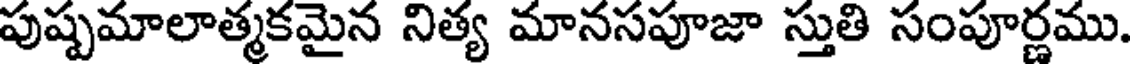
పుష్పమాలాత్మకమైన నిత్య మానసపూజా స్తుతి సంపూర్ణము.